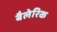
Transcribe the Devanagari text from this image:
बैलेरिक